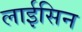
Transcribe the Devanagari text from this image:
लाईसिन